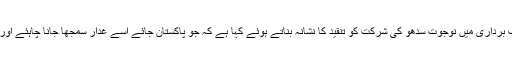
ادھربی جے پی کے رہنما سبرامنیم سوامی نے عمران خان کی تقریب حلف برداری میں نوجوت سدھو کی شرکت کو تنقید کا نشانہ بناتے ہوئے کہا ہے کہ جو پاکستان جائے اسے غدار سمجھا جانا چاہئے اور ایسے لوگوں کی بھارت واپسی پر ان کی کڑی نگرانی بھی کرنی چاہئے۔